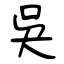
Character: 吳